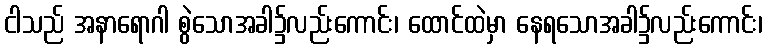
ငါသည် အနာရောဂါ စွဲသောအခါ၌လည်းကောင်း၊ ထောင်ထဲမှာ နေရသောအခါ၌လည်းကောင်း၊